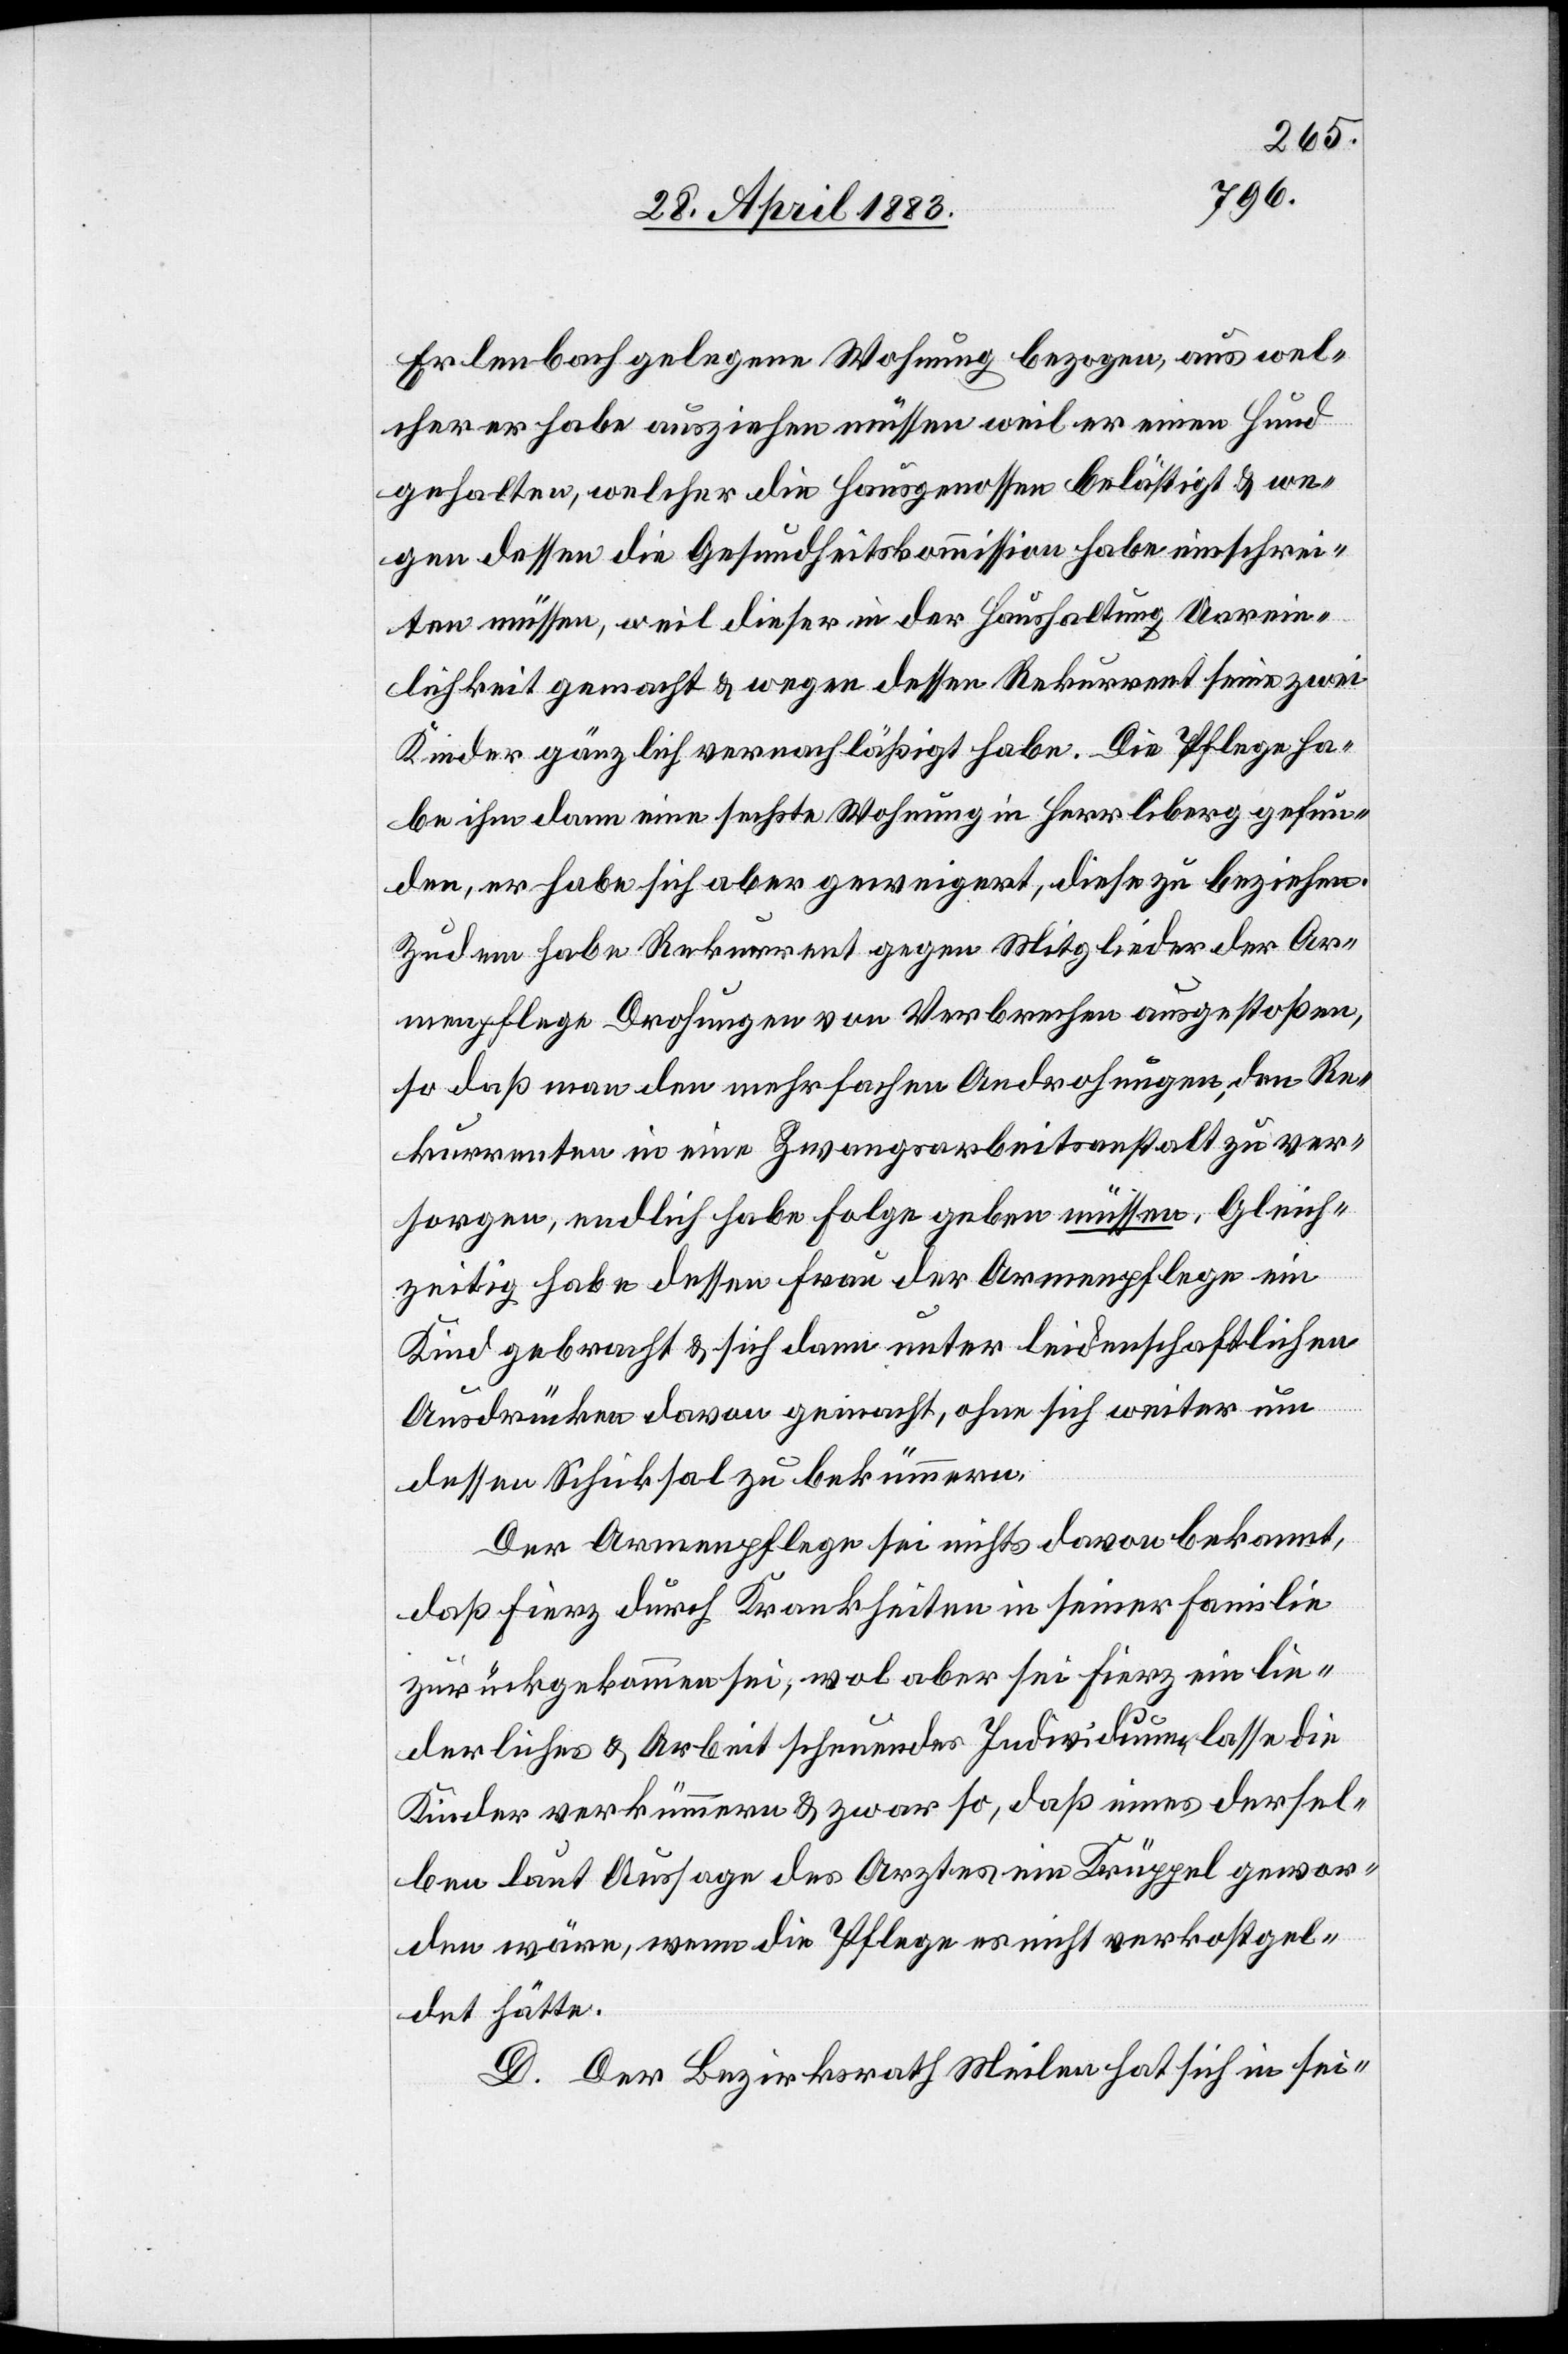
Erlenbach gelegene Wohnung bezogen, aus wel¬
cher er habe ausziehen müssen weil er einen Hund
gehalten, welcher die Hausgenossen belästigt & we¬
gen dessen die Gesundheitskommission habe einschrei¬
ten müssen, weil dieser in der Haushaltung Unrein¬
lichkeit gemacht & wegen dessen Rekurrent seine zwei
Kinder gänzlich vernachlässigt habe. Die Pflege ha¬
be ihm dann eine sechste Wohnung in Herrliberg gefun¬
den, er habe sich aber geweigert, diese zu beziehen.
Zudem habe Rekurrent gegen Mitglieder der Ar¬
menpflege Drohungen von Verbrechen ausgestoßen,
so daß man den mehrfachen Androhnungen, den Re¬
kurrenten in eine Zwangsarbeitsanstalt zu ver¬
sorgen, endlich habe Folge geben müssen. Gleich¬
zeitig habe dessen Frau der Armenpflege ein
Kind gebracht & sich dann unter leidenschaftlichen
Ausdrücken davon gemacht, ohne sich weiter um
dessen Schicksal zu bekümmern.
Der Armenpflege sei nichts davon bekannt,
daß Fierz durch Krankheiten in seiner Familie
zurückgekommen sei, wol aber sei Fierz ein lie¬
derliches & Arbeit scheuendes Individuum, lasse die
Kinder verkümmern & zwar so, daß eines dersel¬
ben laut Aussage des Arztes in Krüppel gewor¬
den wäre, wenn die Pflege es nicht verkostgel¬
det hätte.
D. Der Bezirksrath Meilen hat sich in sei-